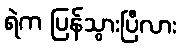
ရဲက ပြန်သွားပြီလား